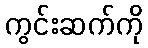
ကွင်းဆက်ကို